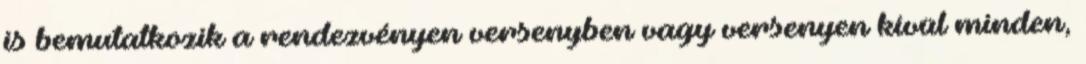
is bemutatkozik a rendezvényen versenyben vagy versenyen kívül minden,